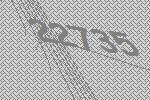
22735